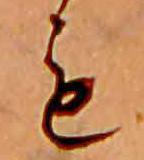
も